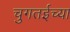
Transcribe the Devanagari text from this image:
चुगतईच्या